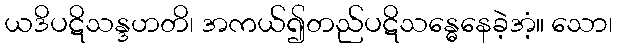
ယဒိပဋိသန္ဒဟတိ၊ အကယ်၍တည်ပဋိသန္ဓေနေခဲ့အံ့။ သော၊